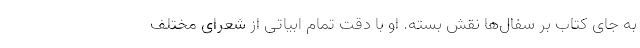
به جای کتاب بر سفال‌ها نقش بسته. او با دقت تمام ابیاتی از شعرای مختلف